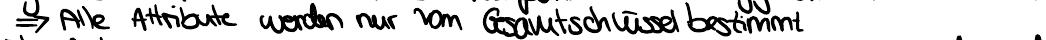
=> Alle Attribute werden nur vom Gesamtschlüssel bestimmt